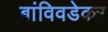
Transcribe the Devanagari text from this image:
बांविवडेकर